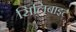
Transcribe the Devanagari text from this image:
सिलिबाइट